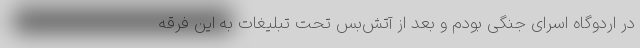
در اردوگاه اسرای جنگی بودم و بعد از آتش‌بس تحت تبلیغات به این فرقه